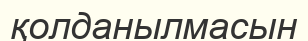
қолданылмасын